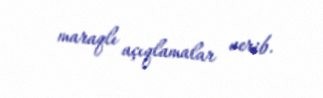
maraqlı açıqlamalar verib.